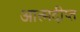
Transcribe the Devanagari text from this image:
आत्मदीप्त